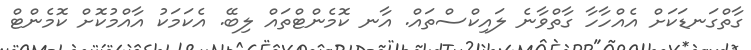
ގާތްގަނޑަކަށް އެއްހާހާ ގާތްވާނެ ލައިކްސްތައް. އާނ ކޮމެންޓްތައް ލިބޭ. އެކަމަކު އާއްމުކޮށް ކޮމެންޓް